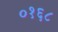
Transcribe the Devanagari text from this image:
०१६८